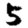
Digit: 5